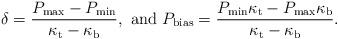
LaTeX: \begin{align*}\delta=\frac{P_{\rm max}-P_{\rm min}}{\kappa_{\rm t}-\kappa_{\rm b}}, \,\, {\rm and} \,\, P_{\rm bias}=\frac{P_{\rm min}\kappa_{\rm t}-P_{\rm max}\kappa_{\rm b}}{\kappa_{\rm t}-\kappa_{\rm b}}.\end{align*}